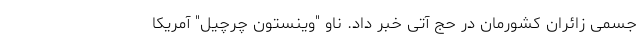
جسمی زائران کشورمان در حج آتی خبر داد. ناو "وینستون چرچیل" آمریکا